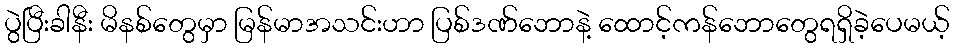
ပွဲပြီးခါနီး မိနစ်တွေမှာ မြန်မာအသင်းဟာ ပြစ်ဒဏ်ဘောနဲ့ ထောင့်ကန်ဘောတွေရရှိခဲ့ပေမယ့်